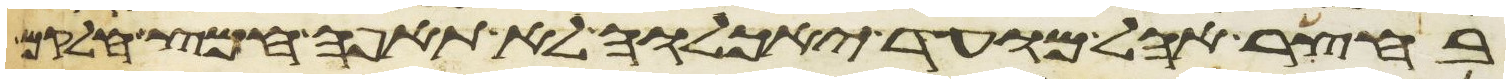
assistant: בחצר אהל מועד יאכלוה לא תאפה חמץ חלקם